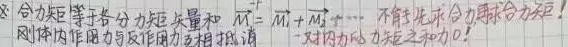
$\sum\limits_{i} \vec{M}_{i}^{\mathrm{e}}=\sum\limits_{i} \vec{M}_{i 1}^{\mathrm{e}}+\sum\limits_{i} \vec{M}_{i 2}^{\mathrm{e}}+\cdots$ 不能先求合力再求合力矩！刚体内作用力与反作用力互相 抵消，一对内力的力矩之和为 0！